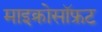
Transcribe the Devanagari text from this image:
माइक्रोसॉफ्रट